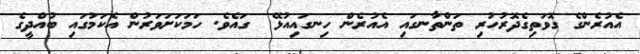
އެއުރެންގެ ގޮވަތިގެދޮރުހުރި ތަންތާނގައި އެއުރެން ހިނގައިއުޅޭ  ގައެވެ. ހަމަކަށަވަރުން އެކަމުގައި ބުއްދީގެ